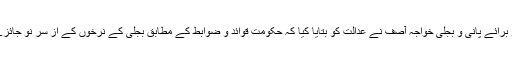
جمعہ کو سماعت کے موقع پر وفاقی وزیر برائے پانی و بجلی خواجہ آصف نے عدالت کو بتایا کیا کہ حکومت قوائد و ضوابط کے مطابق بجلی کے نرخوں کے از سر نو جائزے کے لیے نیپرا سے درخواست کرے گی۔